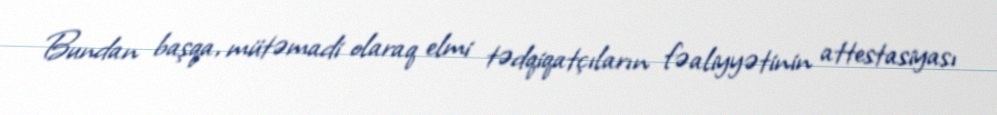
Bundan başqa, mütəmadi olaraq elmi tədqiqatçıların fəaliyyətinin attestasiyası